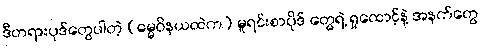
ဒီတရားပုဒ်တွေပါတဲ့ (ဓမ္မဝိနယထဲက) မူရင်းစာပိုဒ် တွေရဲ့ ရှုထောင့်နဲ့ အနက်တွေ